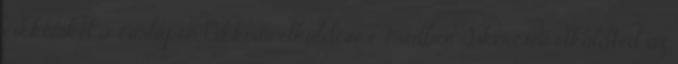
cikkeinket a címlapon Cikkeim elküldése e-mailben Sikeresen elküldted az